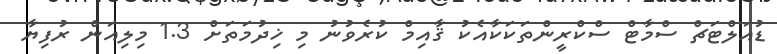
ޑުއަލްޓަޗް ސްމާޓް ސްކްރީންތަކަކާއެކު ޤާއިމް ކުރެވުނު މި ޚިދުމަތަށް 1.3 މިލިއަން ރުފިޔާ